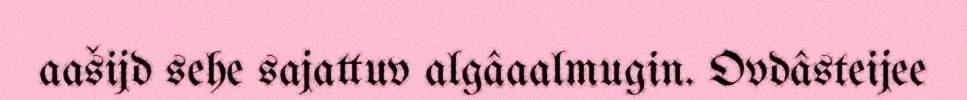
aašijd sehe sajattuv algâaalmugin. Ovdâsteijee